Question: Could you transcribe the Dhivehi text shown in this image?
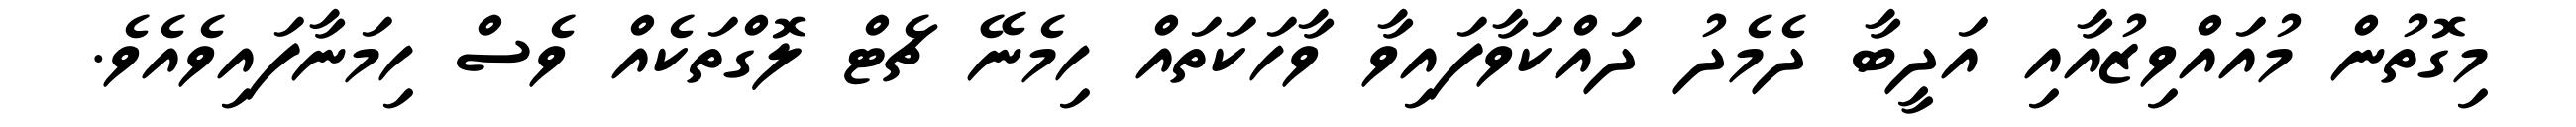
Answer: މިގޮތުން މުއައްވިޒުއާއި އަދީބާ ދެމެދު ދައްކަވާފައިވާ ވާހަކަތައް ހިމެނޭ ޗެޓް ލޮގްތަކެއް ވެސް ހިމަނާފައިވެއެވެ.